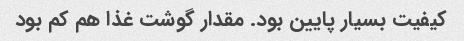
کیفیت بسیار پایین بود. مقدار گوشت غذا هم کم بود